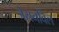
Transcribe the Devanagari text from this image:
जेसनविल